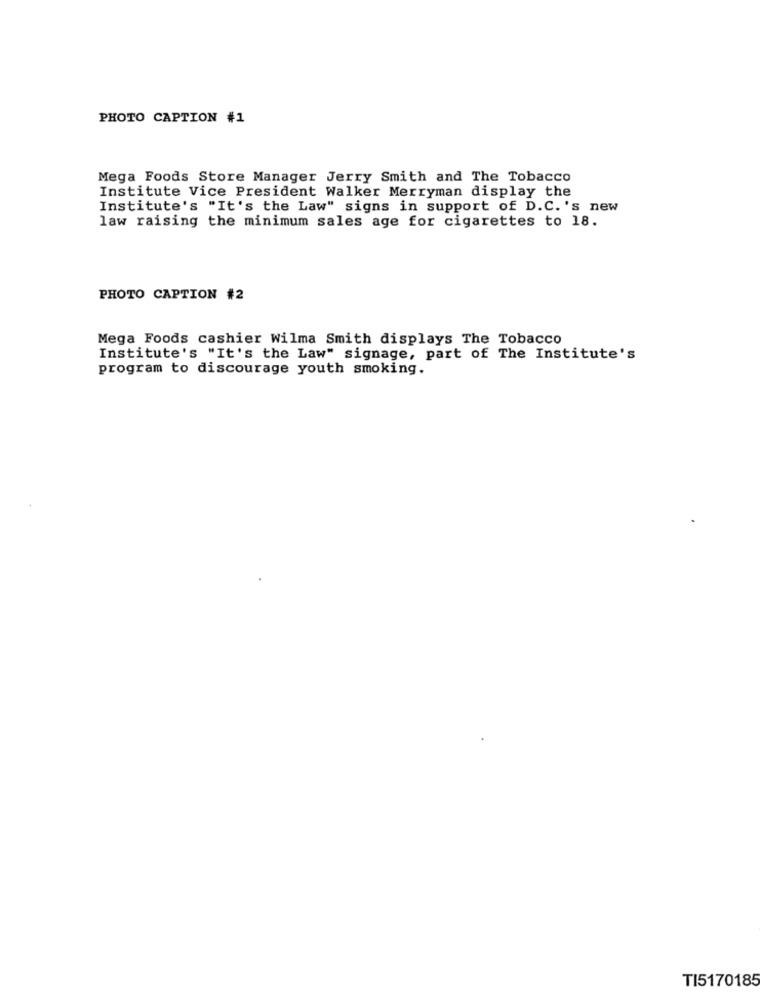
PHOTO CAPTION #1
Mega Foods Store Manager Jerry Smith and The Tobacco
Institute Vice President Walker Merryman display the
Institute's "It's the Law" signs in support of D.C.'s new
law raising the minimum sales age for cigarettes to 18.
PHOTO CAPTION #2
Mega Foods cashier Wilma Smith displays The Tobacco
Institute's "It's the Law" signage, part of The Institute's
program to discourage youth smoking.
TI5170185